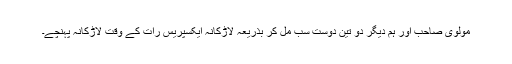
مولوی صاحب اور ہم دیگر دو تین دوست سب مل کر بذریعہ لاڑکانہ ایکسپریس رات کے وقت لاڑکانہ پہنچے۔